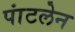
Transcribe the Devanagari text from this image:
पांटलेन